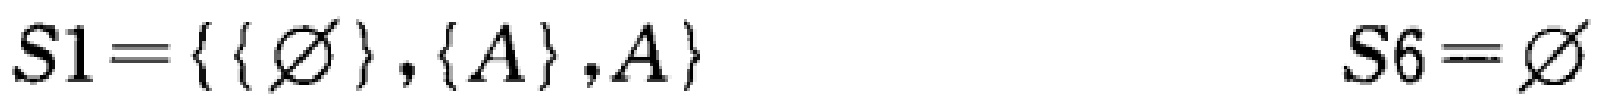
$S1=\{\{\varnothing\},\{A\},A\}\qquad S6=\varnothing$